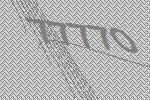
77770